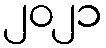
၂၀၂၁